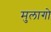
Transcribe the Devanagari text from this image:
मुलागो